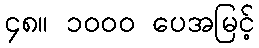
၄၈။ ၁၀၀၀ ပေအမြင့်